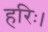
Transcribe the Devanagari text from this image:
हरिः।